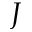
J